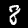
Digit: 8